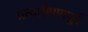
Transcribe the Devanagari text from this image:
प्रत्यारोपणपूर्व